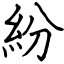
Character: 紛